Indian journal of veterinary science and animal husbandry - Volume 7,
Year: 1937
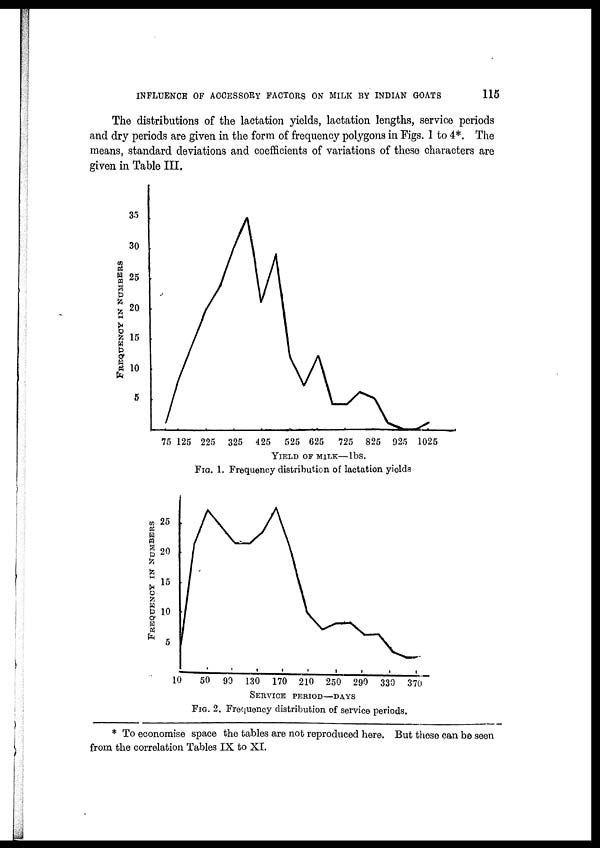
INFLUENCE OF ACCESSORY FACTORS ON MILK BY INDIAN GOATS
115
The distributions of the lactation yields, lactation lengths, service periods
and dry periods are given in the form of frequency polygons in Figs. 1 to 4*. The
means, standard deviations and coefficients of variations of these characters are
given in Table III.
FIG. 1. Frequency distribution of lactation yields
FIG. 2. Frequency distribution of service periods.
* To economise space the tables are not reproduced here. But these can be seen
from the correlation Tables IX to XI.